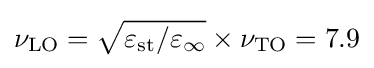
\nu _{\text{LO}}={\sqrt {\varepsilon _{\text{st}}/\varepsilon _{\infty }}}\times \nu _{\text{TO}}=7.9